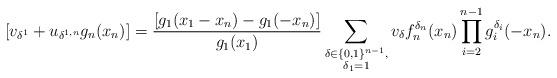
LaTeX: \begin{align*}[v_{\delta^{1}}+u_{\delta^{1,n}}g_{n}(x_{n})]=\frac{[g_{1}(x_{1}-x_{n})-g_{1}(-x_{n})]}{g_{1}(x_{1})}\sum_{\substack{\delta\in\{0,1\}^{n-1},\\\delta_{1}=1}}v_{\delta}f_{n}^{\delta_{n}}(x_{n})\prod_{i=2}^{n-1}g_{i}^{\delta_{i}}(-x_{n}).\end{align*}